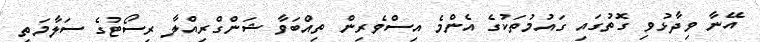
އޭނާ ވިދާޅުވި ގޮތުގައި ގައުމުތަކުގެ އެންމެ އިސްވެރިން ތިއްބަވާ ޝަންގްރިއްލާ ރިސޯޓުގެ ސަލާމަތީ